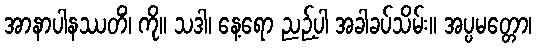
အာနာပါနဿတိံ၊ ကို။ သဒါ၊ နေ့ရော ညဉ့်ပါ အခါခပ်သိမ်း။ အပ္ပမတ္တော၊